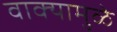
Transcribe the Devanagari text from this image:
वाक्यामुळे